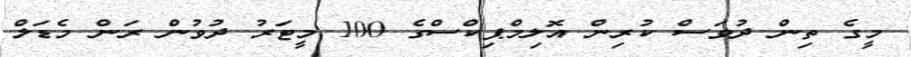
މީގެ ތިން ދުވަސް ކުރިން އޮލިމްޕިކްސްގެ 100 މީޓަރު ދުވުން ރަން މެޑަލް